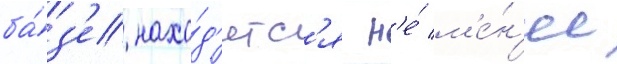
ба́з'е нахо́д'ятс'я н'е́ м'е́н'ее